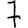
Digit: 7